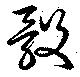
骰